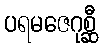
ပရမဇေဂုစ္ဆီ